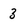
Character: 3